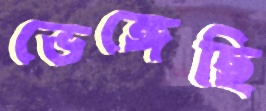
ভেঙ্গেছি